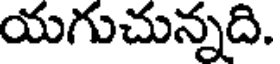
యగుచున్నది.